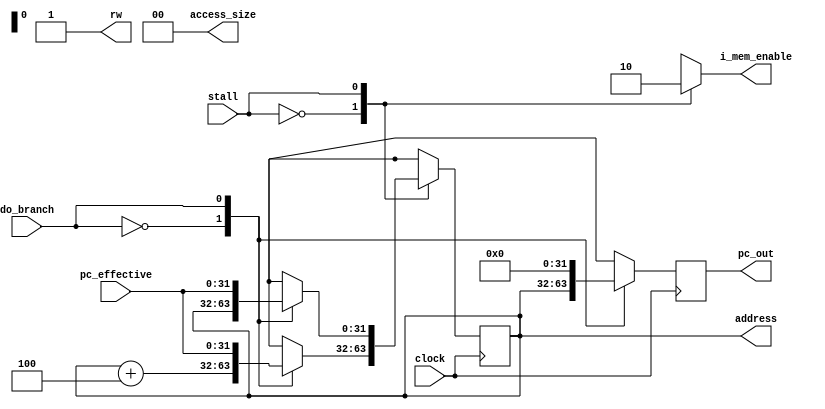
module fetch (clock, pc_out, rw, stall, address, access_size, i_mem_enable, pc_effective, do_branch);

input wire clock;
input wire stall;

// Wires from EXECUTE for Branch/Jump PC and 
// Signal do_branch is used to detect if a branch 
// is done or not
input wire [31:0] pc_effective;
input wire do_branch;

// Outputs of FETCH Stage into DECODE
output reg [31:0] pc_out;
output reg rw;
output reg [31:0] address;
output reg [1:0] access_size;
output reg i_mem_enable;

reg [31:0] pc;

parameter base_addr = 32'h80020000;
parameter word_size = 2'b00;    // Default: 1 Word Access Size

// Fetch Module sensitive to a new PC or STALL Signal
// In the case of STALL, must not FETCH new PC and 
// must disable IMEM. Otherwise, always read FROM IMEM
always @(stall, pc)
begin
    case(stall)
        1'b0: i_mem_enable <= 1;
        1'b1: i_mem_enable <= 0;
    endcase
    access_size <= word_size;
    rw <= 1;
    address <= pc;
end

// Output the FETCHED PC on a clock edge
// If a branch was taken, then set PC to 
// Effective PC computed in EXECUTE Stage

always @(posedge clock)
begin
    case(stall)
        1'b0: begin
            case(do_branch)
                1'b0: begin
                    pc <= pc + 32'h4;
                    pc_out <= pc;
                end
                1'b1: begin
                    pc <= pc_effective;
                    pc_out <= 32'h0;
                end
                default: begin
                    pc <= pc + 32'h4;
                    pc_out <= pc;
                end
            endcase
        end
        1'b1: begin
            case(do_branch)
                1'b0: begin
                    pc <= pc;
                    pc_out <= pc;
                end
                1'b1: begin 
                    pc <= pc_effective;
                    pc_out <= 32'h0;
                end
            endcase
        end
    endcase
end

endmodule